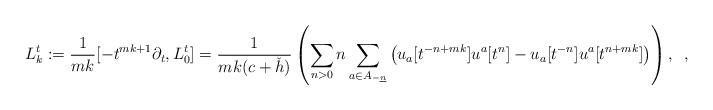
LaTeX: \begin{align*} L^t_k := \frac{1}{mk} [-t^{mk+1}\partial_t, L_0^t] = \frac{1}{mk(c+\check{h})} \left(\sum_{ n>0 } n \sum_{a\in A_{-\underline{n}}} \left(u_{a}[t^{-n+mk}] u^a[t^n] -u_a[t^{-n}]u^a[t^{n+mk}]\right)\right), \,\,\,,\end{align*}